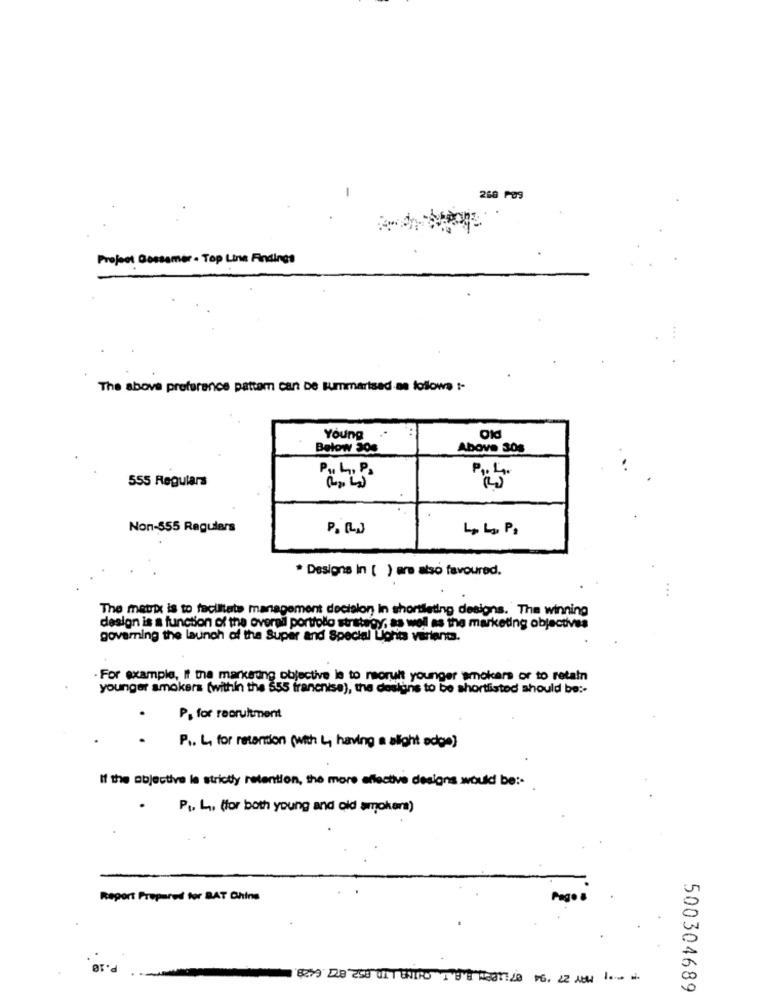
-
260 POS
Project Gossamer - Top Line Findings
The above preference pattem can be summarised as follows !-
Young
Below 300
Above 30s
P. L. P.
555 Regulars
Non-555 Regulars
P. [LJ
* Designs In ( ) are also favoured.
...
The matrix is to facilitate management decision in shortleting designs. The winning
design is a function of the overall portolo strategy, as well as the marketing objectives
governing the launch of the Super and Special Lights variants.
. For example, If the markering objective is to recruit younger smokers or to retain
younger smokers (within the 555 franenise), the designs to be shortlisted should be :-
P. for recruitment
P ., L for retention (with L, having a slight edge)
If the objective le strictly retention, the more effective designs would be :-
P1. L. (for both young and old smokera)
Report Prepare for BAT China
2.10
500304689